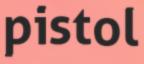
pistol